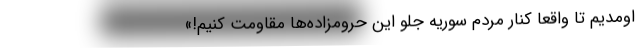
اومدیم تا واقعاً کنار مردم سوریه جلو این حرومزاده‌ها مقاومت کنیم!»